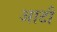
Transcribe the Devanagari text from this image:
आटौ